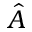
\hat { A }